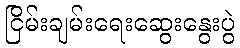
ငြိမ်းချမ်းရေးဆွေးနွေးပွဲ